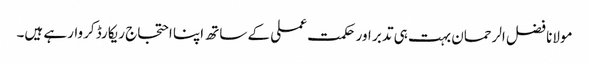
مولانا فضل الرحمان بہت ہی تدبر اور حکمت عملی کے ساتھ اپنا احتجاج ریکارڈ کروارہے ہیں۔